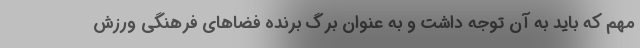
مهم که باید به آن توجه داشت و به عنوان برگ برنده فضاهای فرهنگی ورزش